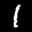
Label: 1